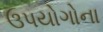
ઉપયોગોના